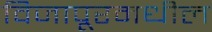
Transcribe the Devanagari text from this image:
विजापूरमधील